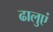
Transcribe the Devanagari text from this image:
ढालुएं